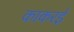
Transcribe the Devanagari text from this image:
काकरई